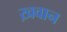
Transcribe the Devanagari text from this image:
ख़वान